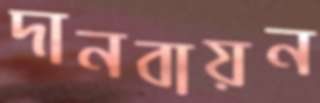
দানবায়ন